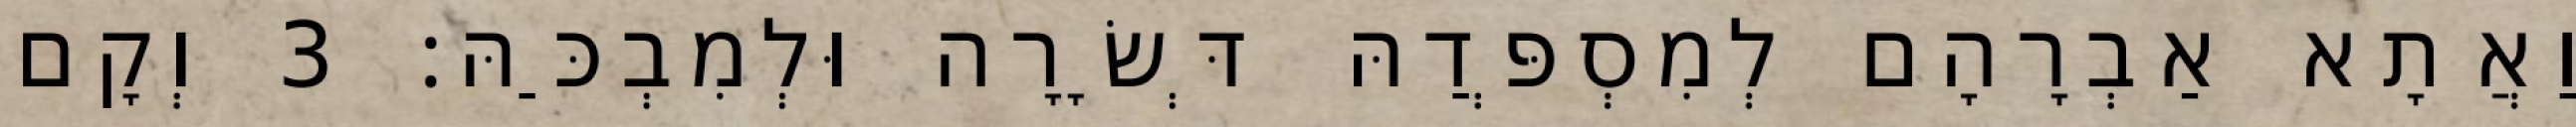
וַאֲתָא אַבְרָהָם לְמִסְפְּדַהּ דְּשָׂרָה וּלְמִבְכַּהּ׃ 3 וְקָם